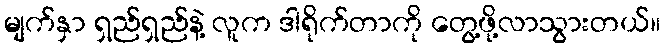
မျက်နှာ ရှည်ရှည်နဲ့ လူက ဒါရိုက်တာကို တွေ့ဖို့လာသွားတယ်။